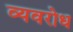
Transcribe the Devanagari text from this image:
व्यवरोध